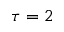
\tau = 2